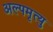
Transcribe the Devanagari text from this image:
अल्पमृत्यु